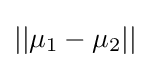
\textstyle ||\mu _{1}-\mu _{2}||